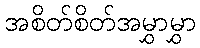
အစိတ်စိတ်အမွှာမွှာ